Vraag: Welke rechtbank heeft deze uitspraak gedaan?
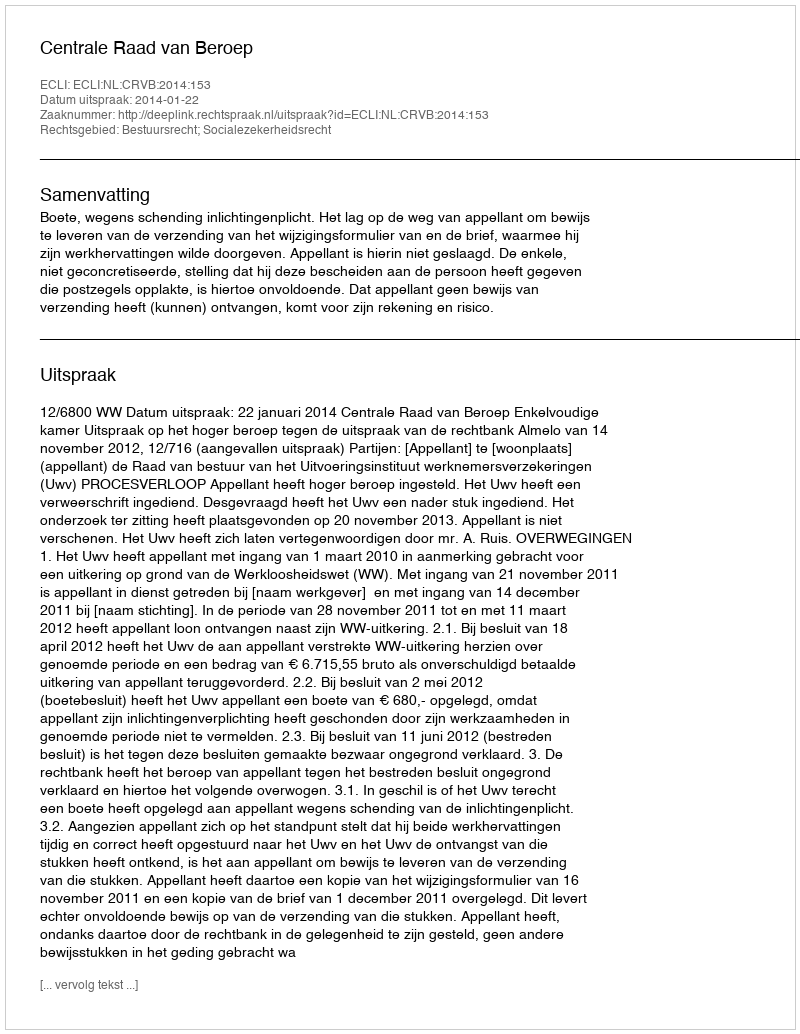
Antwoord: Centrale Raad van Beroep